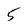
Character: 5